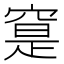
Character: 𥦽